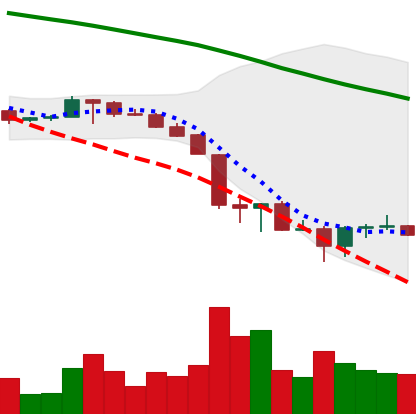
Ticker: BTC-USD
Chart end date: 2022-06-22
Forward return: 3.745%
Label: up_3_5